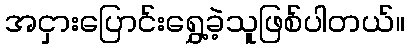
အငှားပြောင်းရွှေ့ခဲ့သူဖြစ်ပါတယ်။